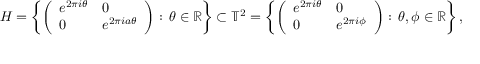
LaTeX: H = \left\{ \left( { \begin{array} { l l } { e ^ { 2 \pi i \theta } } & { 0 } \\ { 0 } & { e ^ { 2 \pi i a \theta } } \end{array} } \right) : \, \theta \in \mathbb { R } \right\} \subset \mathbb { T } ^ { 2 } = \left\{ \left( { \begin{array} { l l } { e ^ { 2 \pi i \theta } } & { 0 } \\ { 0 } & { e ^ { 2 \pi i \phi } } \end{array} } \right) : \, \theta , \phi \in \mathbb { R } \right\} ,